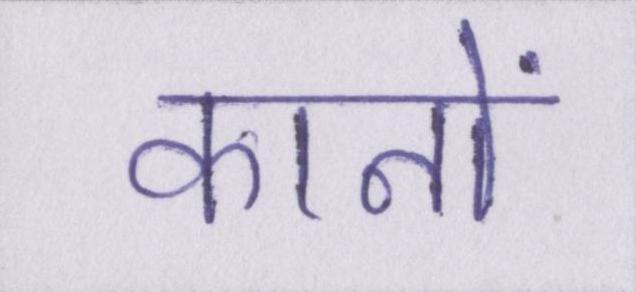
कानों